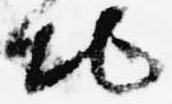
地